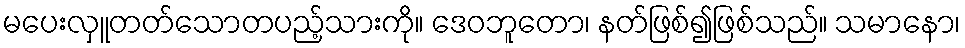
မပေးလှူတတ်သောတပည့်သားကို။ ဒေဝဘူတော၊ နတ်ဖြစ်၍ဖြစ်သည်။ သမာနော၊